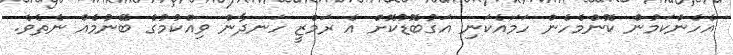
އެހެންކަމުން ކޮންމެހެން ހަމައެކަނި އަގުބޮޑުކޮށް އެ ރަމްޒީ ހަނދާން ވިއްކުމުގެ ބޭނުމެއް ނެތެވެ.